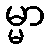
မ္မာ